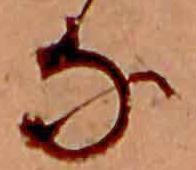
な